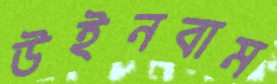
উইনবাম